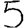
Digit: 5